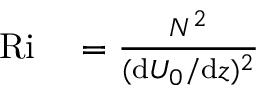
\begin{array} { r l } { \mathrm { R i } } & { { } = \frac { N ^ { 2 } } { ( \mathrm { d } U _ { 0 } / \mathrm { d } z ) ^ { 2 } } } \end{array}